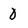
Character: 0